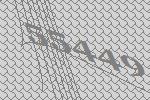
55449